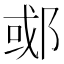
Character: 𬪇